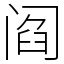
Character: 阎